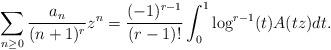
LaTeX: \begin{align*}\sum_{n \geq 0} \frac{a_n}{(n+1)^r} z^n & = \frac{(-1)^{r-1}}{(r-1)!} \int_0^1 \log^{r-1}(t) A(tz) dt. \end{align*}